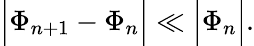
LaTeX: \Big|\Phi_{n+1}-\Phi_{n}\Big|\ll\Big|\Phi_{n}\Big|.